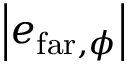
\left| e _ { \mathrm { f a r } , \phi } \right|